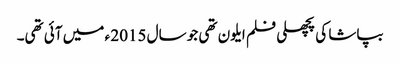
بپاشا کی پچھلی فلم ایلون تھی جو سال 2015 ء میں آئی تھی۔